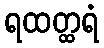
ရထတ္ထရံ